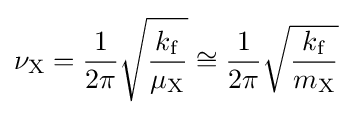
\nu _{\mathrm {X} }={\frac {1}{2\pi }}{\sqrt {\frac {k_{\mathrm {f} }}{\mu _{\mathrm {X} }}}}\cong {\frac {1}{2\pi }}{\sqrt {\frac {k_{\mathrm {f} }}{m_{\mathrm {X} }}}}